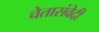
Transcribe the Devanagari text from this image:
चेतासंवेदी